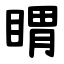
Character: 䁌